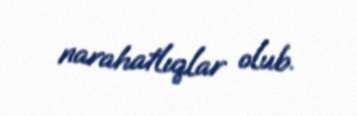
narahatlıqlar olub.